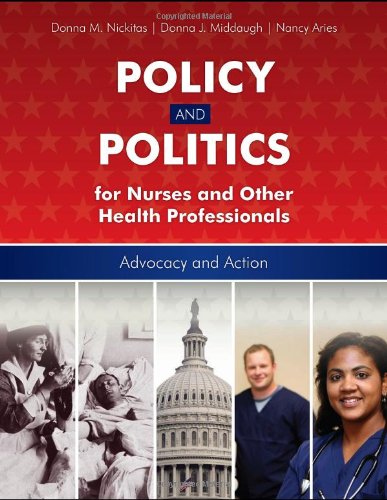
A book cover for Policy And Politics For Nurses And Other Health Professionals: Advocacy and Action; Donna M. Nickitas; Medical Books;